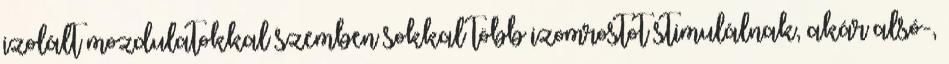
izolált mozdulatokkal szemben sokkal több izomrostot stimulálnak, akár alsó-,